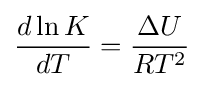
{\frac {d\ln K}{dT}}={\frac {\Delta U}{RT^{2}}}